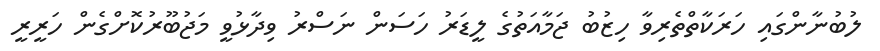
ލުބުނާންގައި ހަރަކާތްތެރިވާ ހިޒުބު ޖަމާއަތުގެ ލީޑަރު ހަސަން ނަސްރު ވިދާޅުވީ މަޖުބޫރުކޮށްގެން ހަރީރީ